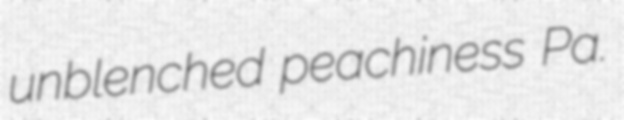
unblenched peachiness Pa.